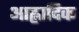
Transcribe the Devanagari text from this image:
आह्लादिक